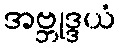
အဗ္ဘုဒ္ဒယံ